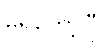
မရှိတော့ပြီ။